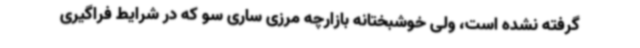
گرفته نشده است، ولی خوشبختانه بازارچه مرزی ساری سو که در شرایط فراگیری